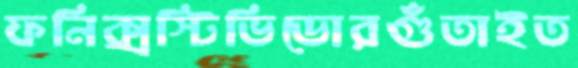
ফনিক্সস্টিভিডোরগুঁতাইত